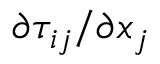
\partial { \tau _ { i j } } / \partial { x _ { j } }